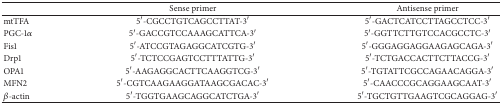
|  | Sense primer | Antisense primer |
 | --- | --- | --- |
 | mtTFA | 5′-CGCCTGTCAGCCTTAT-3′ | 5′-GACTCATCCTTAGCCTCC-3′ |
 | PGC-1α | 5′-GACCGTCCAAAGCATTCA-3′ | 5′-GGTTCTTGTCCACGCCTC-3′ |
 | Fis1 | 5′-ATCCGTAGAGGCATCGTG-3′ | 5′-GGGAGGAGGAAGAGCAGA-3′ |
 | Drp1 | 5′-TCTCCGAGTCCTTTATTG-3′ | 5′-TCTGACCACTTCTTACCG-3′ |
 | OPA1 | 5′-AAGAGGCACTTCAAGGTCG-3′ | 5′-TGTATTCGCCAGAACAGGA-3′ |
 | MFN2 | 5′-CGTCAAGAAGGATAAGCGACAC-3′ | 5′-CAACCCGCAGGAAGCAAT-3′ |
 | β-actin | 5′-TGGTGAAGCAGGCATCTGA-3′ | 5′-TGCTGTTGAAGTCGCAGGAG-3′ |